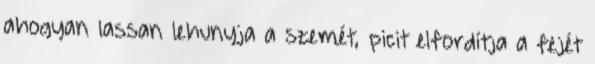
ahogyan lassan lehunyja a szemét, picit elfordítja a fejét